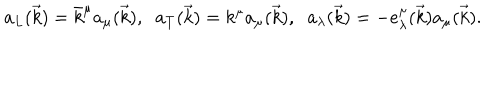
a _ { L } ( \vec { k } ) = \bar { k } ^ { \mu } a _ { \mu } ( \vec { k } ) , \; \; a _ { T } ( \vec { k } ) = k ^ { \mu } a _ { \mu } ( \vec { k } ) , \; \; a _ { \lambda } ( \vec { k } ) = - e _ { \lambda } ^ { \mu } ( \vec { k } ) a _ { \mu } ( \vec { k } ) .